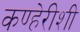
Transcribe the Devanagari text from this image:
कण्हेरीशी